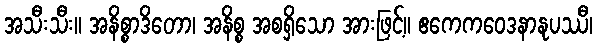
အသီးသီး။ အနိစ္စာဒိတော၊ အနိစ္စ အစရှိသော အားဖြင့်။ ဧကေကဝေဒနာနုပဿီ၊